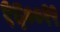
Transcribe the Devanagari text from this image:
१६००१९